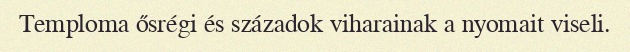
Temploma ősrégi és századok viharainak a nyomait viseli.